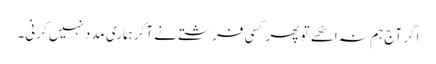
اگر آج ہم نہ اٹھے تو پھر کسی فرشتے نے آکر ہماری مدد نہیں کرنی۔